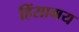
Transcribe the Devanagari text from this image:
हिंसामय